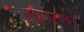
માપકો